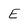
Character: E